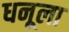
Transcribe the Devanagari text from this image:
धनूला